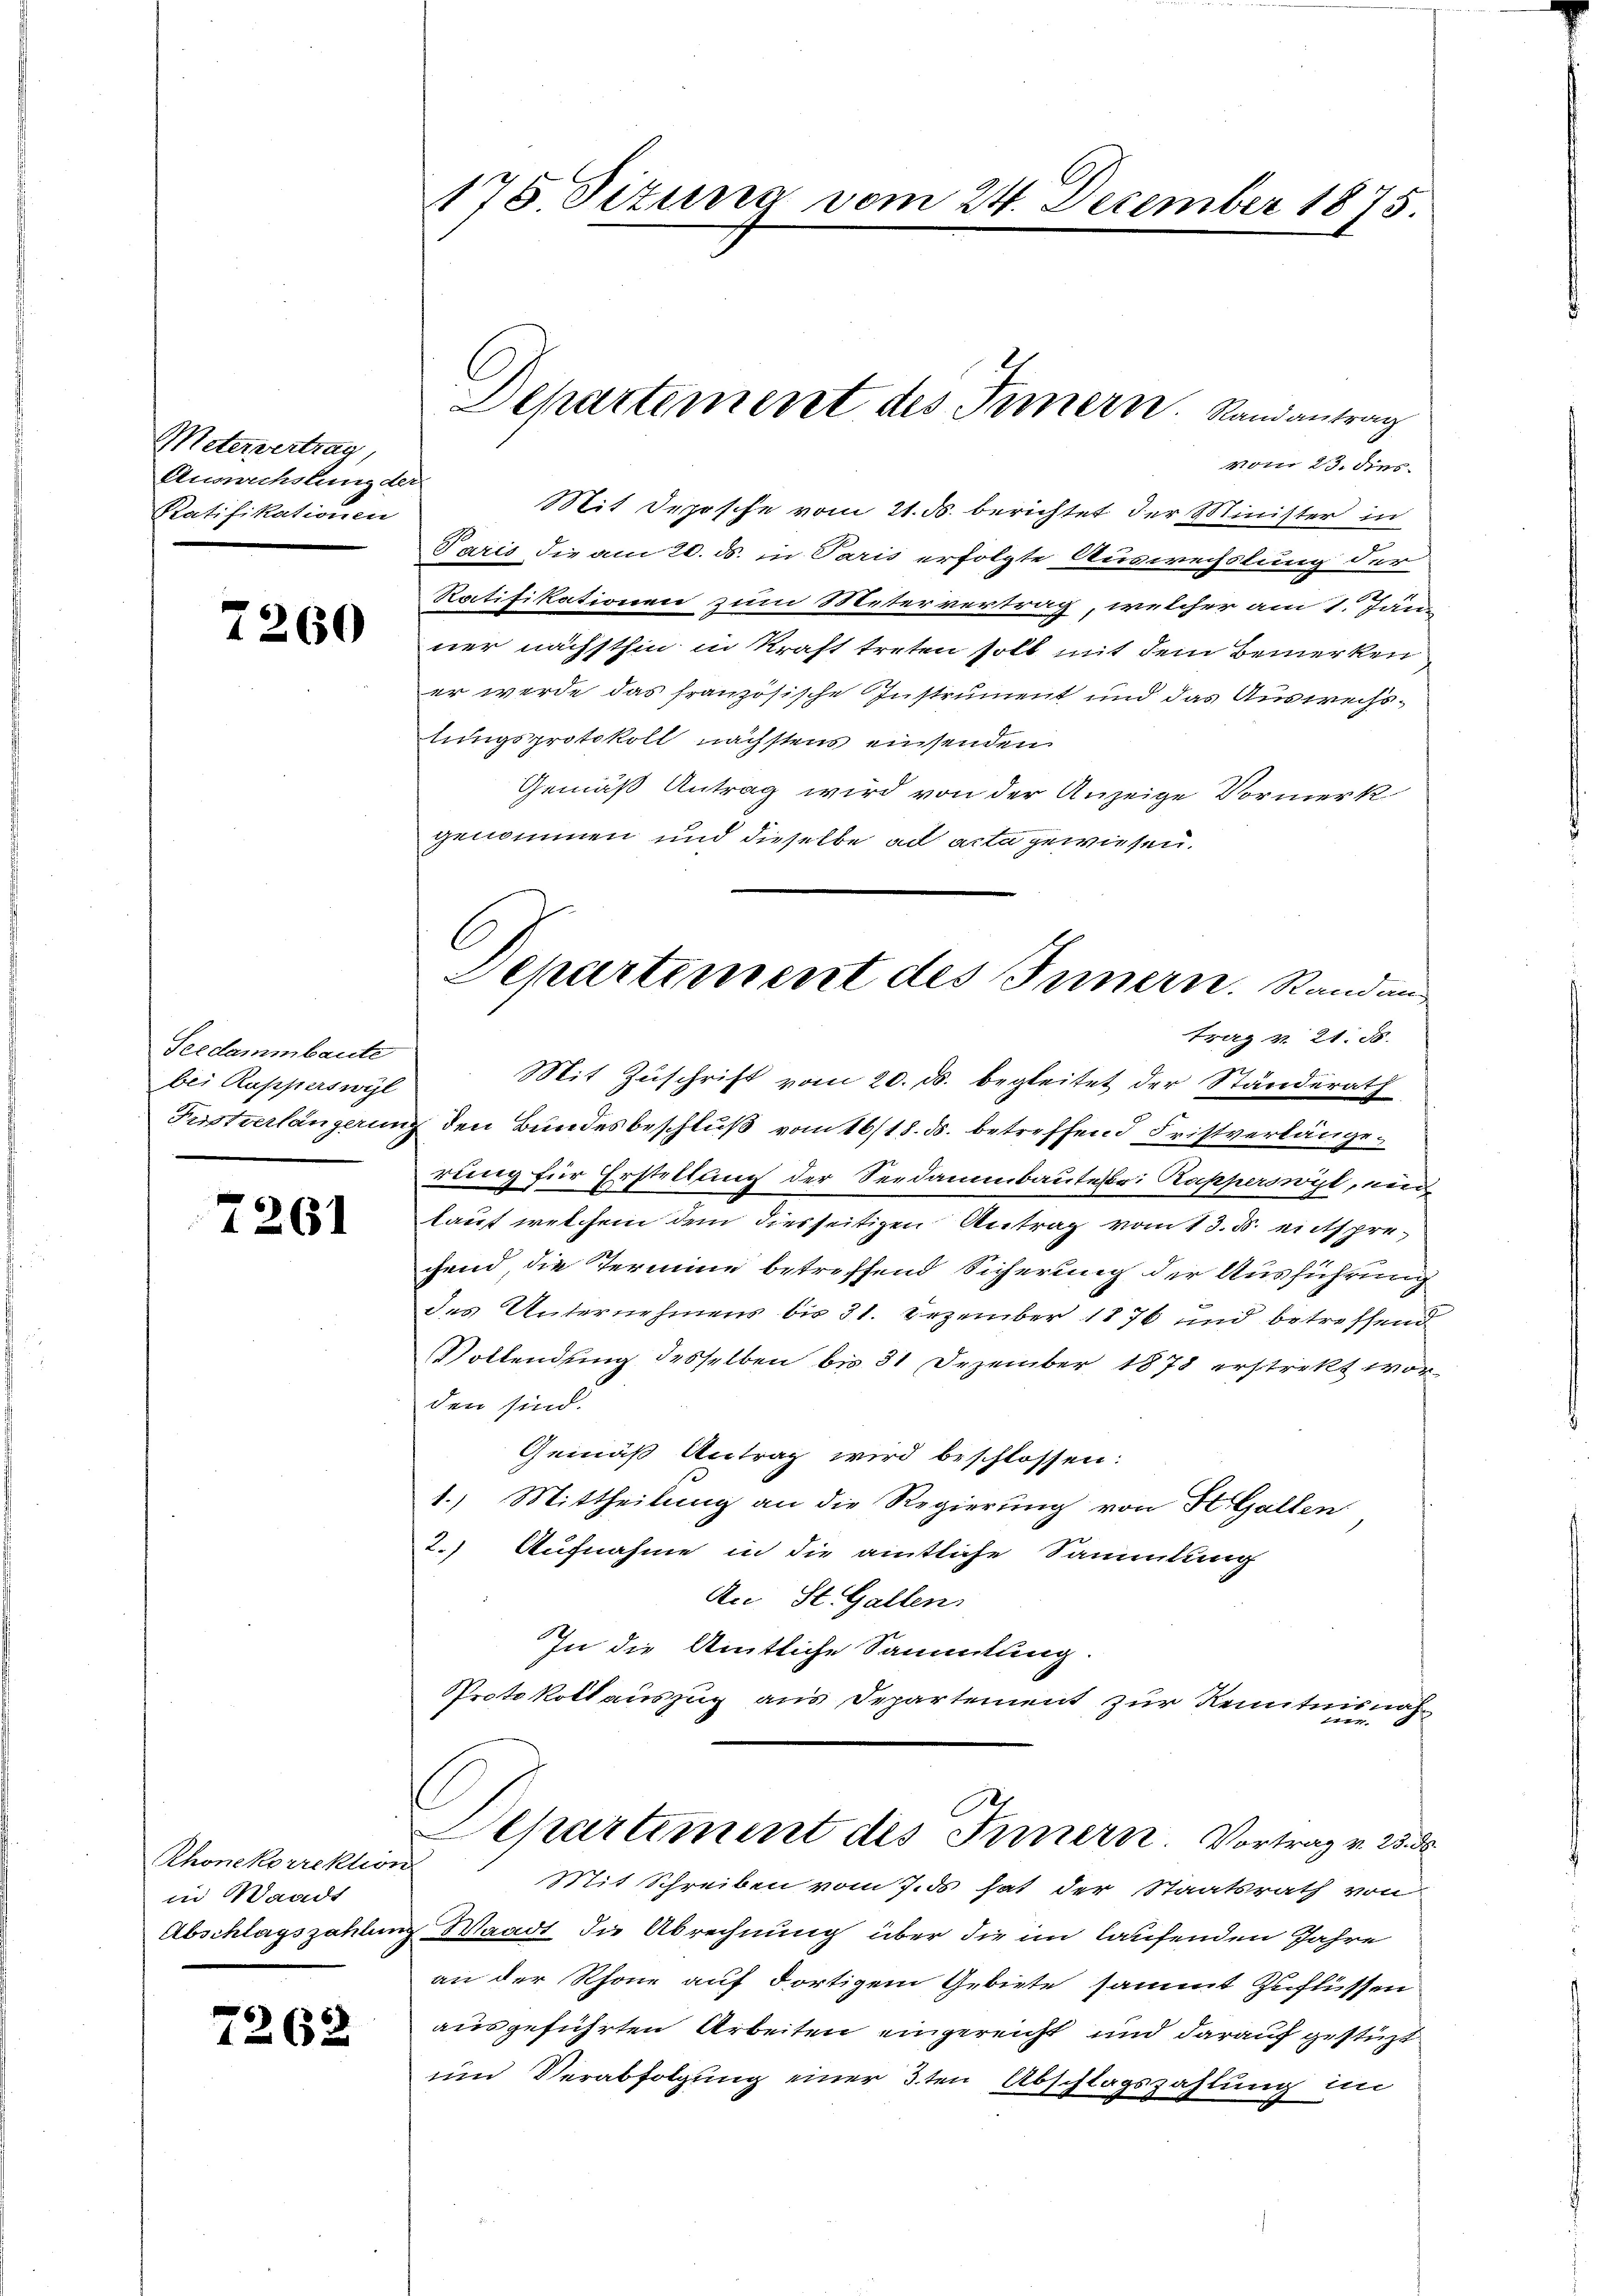
Metervertrag,
Aumchslung der
Ratifikationen

7260

Seedammbaute
bei Rapperswyl
Fustverlängerun

7261

Rhonekorrektion
in Waadt
Abschlagszahlun

7262

175 Situng vom 24. December 1875.

vom 23. dies
Mit Depesche vom 21. d. berichtet der Minister in
Paris die am 20. ds. in Paris erfolgte Auswechslung der
Ratifikationen zum Metervertrag, welcher am 1. Jän
ner nächsthin in Kraft treten soll mit dem Bemerken
er werde das französische Instrument und das Auswechstungsprotokoll nächstens einsenden
Gemäß Antrag wird von der Anzeige Vormerk
genommen und dieselbe ad acta gewiesen.

Departement des Innern. Randantrag

Departement des Innern. Randen
trag v. 21. 58.

Aepartiment des Innern Vortrag v. 25. d

Mit Zuschrift vom 20. d. begleitet der Standerath
 den Bundesbeschluß vom 16/18. ds. betreffend Fristverlängerung für Erstellung der Seedammbautestr. Rapperswyl, nur
lauf welchem dem diesseitigen Antrag vom 13. d. entsprechend, die Termine betreffend Sicherung der Ausführung
des Unternehmens die 31. Dezember 1876 und betreffend
Vollendung desselben bis 31 Dezember 1878 erstrikt worden sind.
Gemäß Antrag wird beschlossen:
1.) Mittheilung an die Regierung von St. Gallen
2.) Aufnahme in die amtliche Sammlung
An St. Gallen.
In die Amtliche Sammlung.
Protokoll auszug aus Departement zur Kenntnisnah

Mit Schreiben vom 7. ds hat der Staatsrath von
Waadt die Abrechnung über die im laufenden Jahre
an der Rhone auf dortigem Gebiete sammt Zuflüssen
ausgeführten Arbeiten eingereicht und darauf gestüzt
und Verabfolgung einer 3ten Abschlagszahlung im